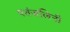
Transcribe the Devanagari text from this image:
पतंजलिनी